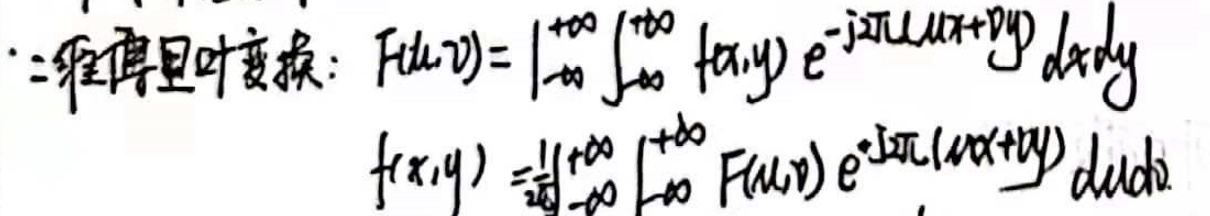
二维傅里叶变换：
\[
F(u,v) = \int_{-\infty}^{\infty} \int_{-\infty}^{\infty} f(x,y) e^{-j2\pi(ux + vy)} dxdy
\]
\[
f(x,y) = \frac{1}{(2\pi)^2} \int_{-\infty}^{\infty} \int_{-\infty}^{\infty} F(u,v) e^{j2\pi(ux + vy)} dudv
\]